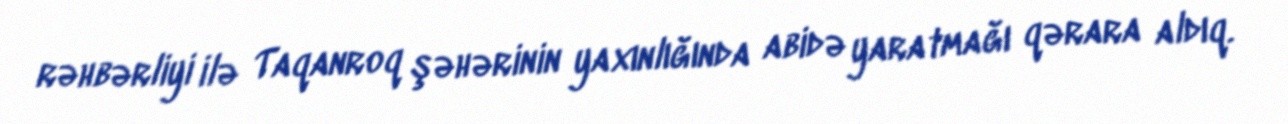
rəhbərliyi ilə Taqanroq şəhərinin yaxınlığında abidə yaratmağı qərara aldıq.